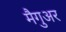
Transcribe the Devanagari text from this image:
मैगुअर